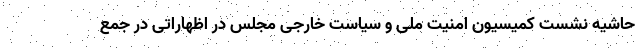
حاشیه نشست کمیسیون امنیت ملی و سیاست خارجی مجلس در اظهاراتی در جمع